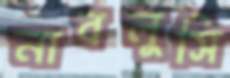
নাবলুসি